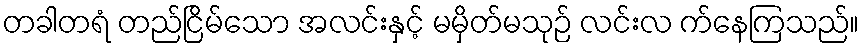
တခါတရံ တည်ငြိမ်သော အလင်းနှင့် မမှိတ်မသုဉ် လင်းလ က်နေကြသည်။